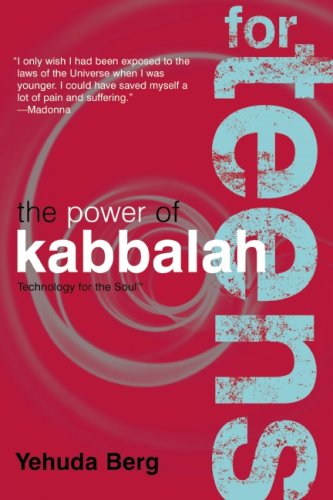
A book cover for The Power of Kabbalah for Teens (Technology for the Soul); Yehuda Berg; Teen & Young Adult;